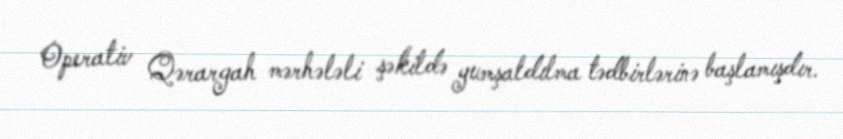
Operativ Qərargah mərhələli şəkildə yumşaldılma tədbirlərinə başlamışdır.